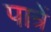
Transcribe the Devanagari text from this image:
पात्रें